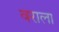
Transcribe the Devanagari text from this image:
वराला